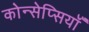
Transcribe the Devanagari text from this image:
कोन्सेप्सियॉँ